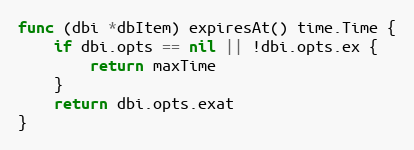
Language: Go
func (dbi *dbItem) expiresAt() time.Time {
	if dbi.opts == nil || !dbi.opts.ex {
		return maxTime
	}
	return dbi.opts.exat
}